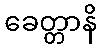
ခေတ္တာနိ